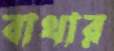
বাথার